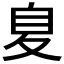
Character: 𮶖